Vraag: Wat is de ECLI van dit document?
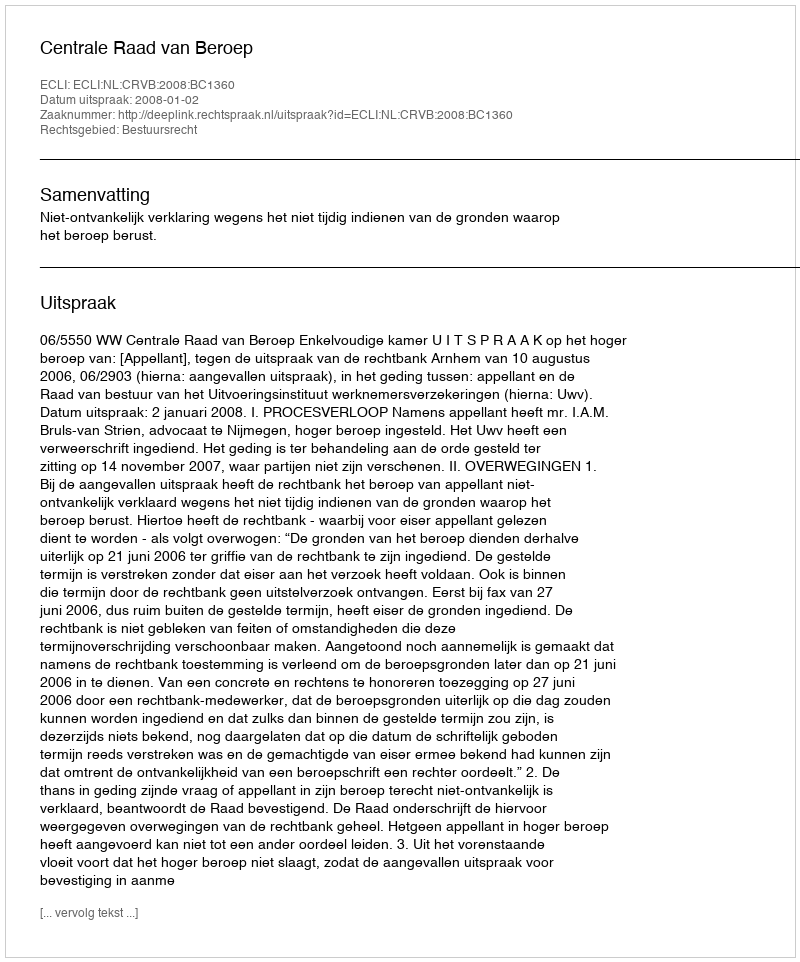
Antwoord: ECLI:NL:CRVB:2008:BC1360